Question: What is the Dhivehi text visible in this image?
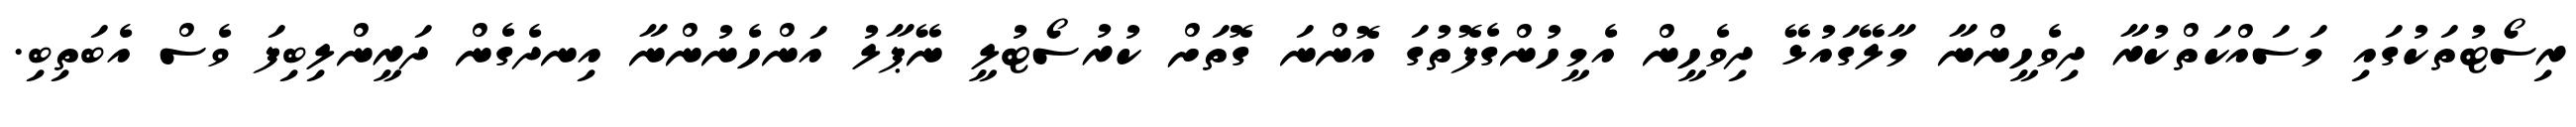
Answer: ރިސޯޓުތަކުގައި މަސައްކަތްކުރާ ދިވެހީންނާ މާލޭގައުޅޭ ދިވެހީން އެމީހުންގެފޮތުގަ އޮންނަ ގޮތަށް ކުރުސޯޓުލީ ނޭޕާލު އަންހެނުންނާ އިނދެގެން ދަރީންލިބިފަ ވެސް އެބަތިބި.